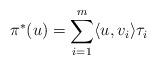
LaTeX: \begin{align*} \pi^*(u)=\sum_{i=1}^m \langle u,v_i\rangle \tau_i \end{align*}